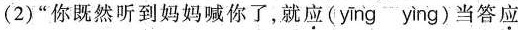
(2)“你既然听到妈妈喊你了，就应(yīng-yìng)当答应